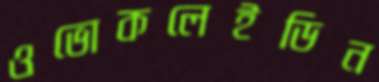
ওভোকলেইডিন